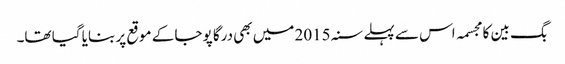
بگ بین کا مجسمہ اس سے پہلے سنہ 2015 میں بھی درگا پوجا کے موقع پر بنایا گیا تھا۔